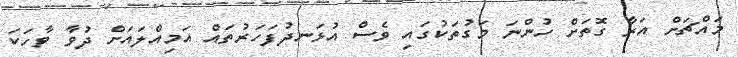
މައްޗަށް އަރާ ގޮތަށް ހުންނަ މަގުތަކުގައި ވެސް އުޅަނދުފަހަރުތައް އަމިއްލައަށް ދުވާ ވާހަކަ